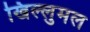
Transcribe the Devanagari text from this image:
खिल्लुमल